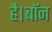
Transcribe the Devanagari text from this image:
है।बॉन